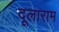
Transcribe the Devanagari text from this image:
दूलाराम